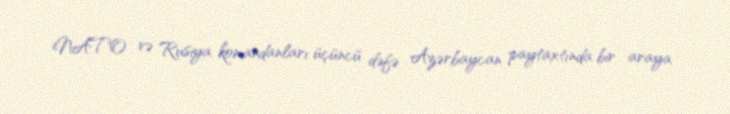
NATO və Rusiya komandanları üçüncü dəfə Azərbaycan paytaxtında bir araya